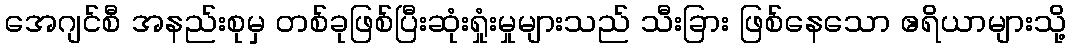
အေဂျင်စီ အနည်းစုမှ တစ်ခုဖြစ်ပြီးဆုံးရှုံးမှုများသည် သီးခြား ဖြစ်နေသော ဧရိယာများသို့